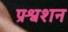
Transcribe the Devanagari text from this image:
प्रश्वशन